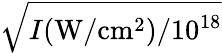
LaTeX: \sqrt{I(\mathrm{W/cm^{2}})/10^{18}}